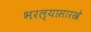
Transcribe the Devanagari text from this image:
भरल्यासारखे